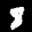
Label: 8